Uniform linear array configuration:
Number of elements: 64
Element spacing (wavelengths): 1
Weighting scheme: uniform
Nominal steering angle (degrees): -45
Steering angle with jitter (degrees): -45.556
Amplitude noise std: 0.05
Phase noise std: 0.05

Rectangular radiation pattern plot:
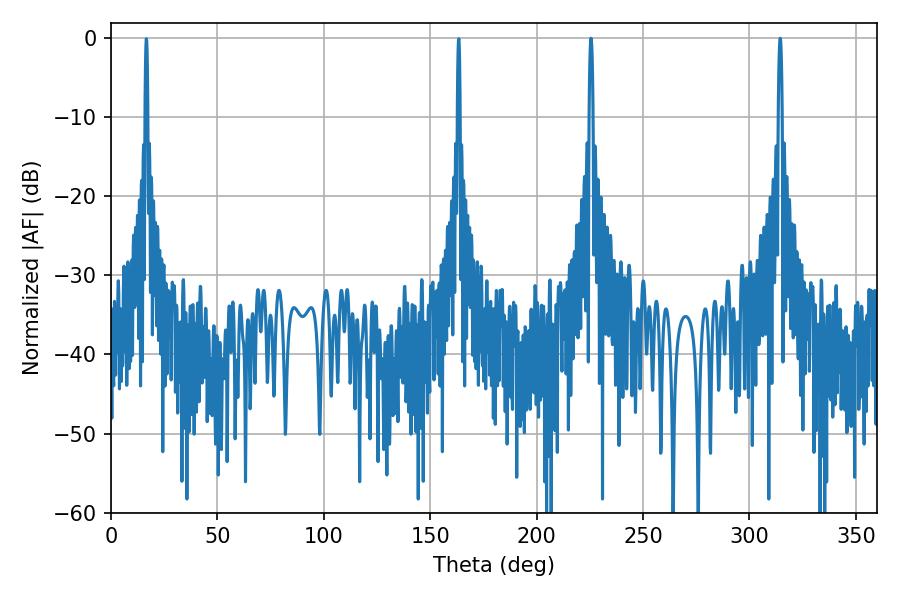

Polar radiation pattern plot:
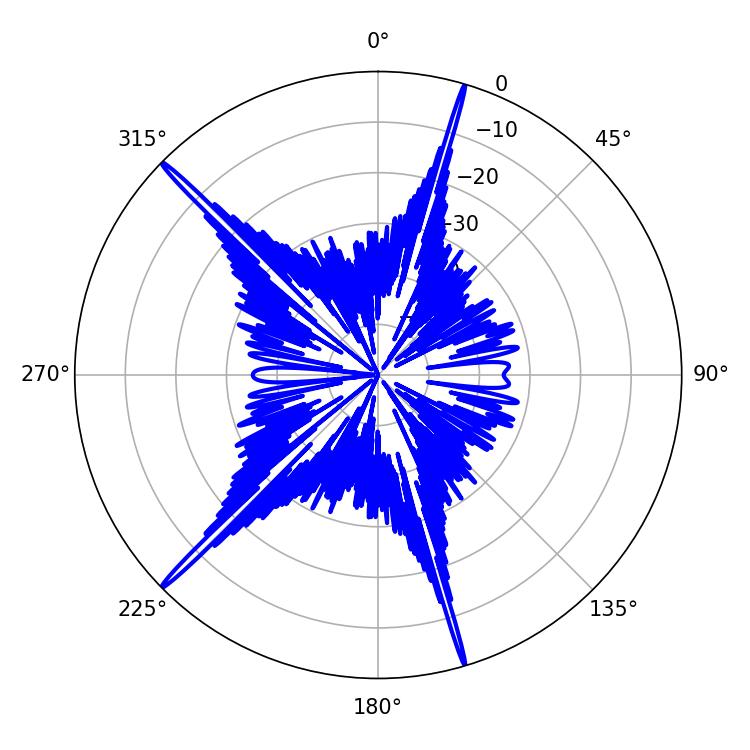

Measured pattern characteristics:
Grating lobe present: TRUE
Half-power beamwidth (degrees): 1.08
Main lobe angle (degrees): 225.54